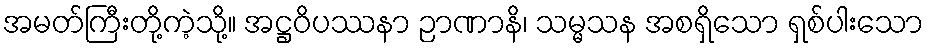
အမတ်ကြီးတို့ကဲ့သို့။ အဋ္ဌဝိပဿနာ ဉာဏာနိ၊ သမ္မသန အစရှိသော ရှစ်ပါးသော